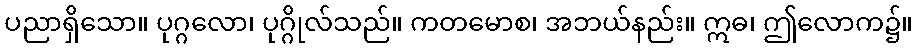
ပညာရှိသော။ ပုဂ္ဂလော၊ ပုဂ္ဂိုလ်သည်။ ကတမောစ၊ အဘယ်နည်း။ ဣဓ၊ ဤလောက၌။